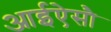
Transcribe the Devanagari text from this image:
आईऐसौ